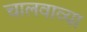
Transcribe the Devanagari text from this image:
चालवाव्या